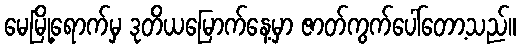
မေမြို့ရောက်မှ ဒုတိယမြောက်နေ့မှာ ဇာတ်ကွက်ပေါ်တော့သည်။